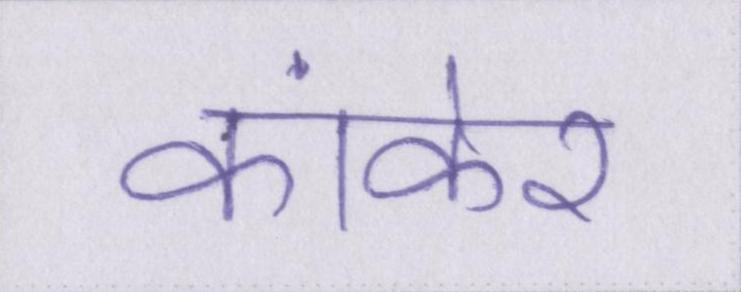
कांकेर